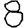
Digit: 8